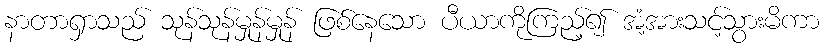
နာတာရှာသည် သုန်သုန်မှုန်မှုန် ဖြစ်နေသော ပီယာကိုကြည့်၍ အံ့အားသင့်သွားမိကာ